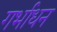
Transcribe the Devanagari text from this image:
गर्भाधन